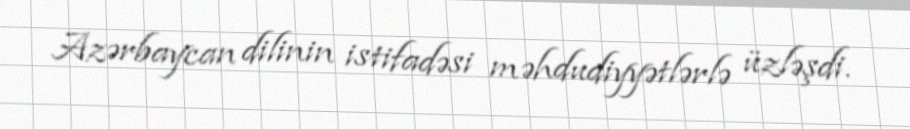
Azərbaycan dilinin istifadəsi məhdudiyyətlərlə üzləşdi.